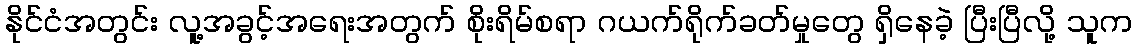
နိုင်ငံအတွင်း လူ့အခွင့်အရေးအတွက် စိုးရိမ်စရာ ဂယက်ရိုက်ခတ်မှုတွေ ရှိနေခဲ့ ပြီးပြီလို့ သူက